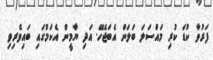
ފަރުވާ ކުޑަ ކުރި މައްސަލަ ބަލަން އެބަޖެހޭ. އަދި ޔާމީން އެކަމުގައި ބައިވެރިވި